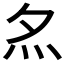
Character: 𡖋